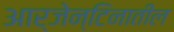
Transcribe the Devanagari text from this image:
आर्जेन्टिनातील